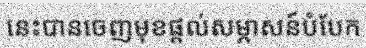
នេះបានចេញមុខផ្តល់សម្ភាសន៍បំបែក